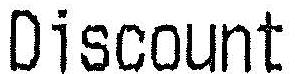
DISCOUNT